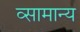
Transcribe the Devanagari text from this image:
व्सामान्य